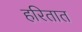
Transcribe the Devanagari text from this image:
हरितात